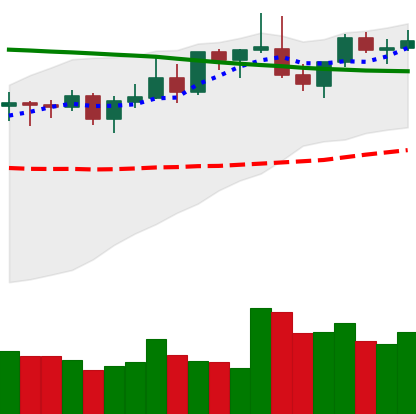
Ticker: LINK-USD
Chart end date: 2021-08-23
Forward return: -9.894%
Label: down_7plus